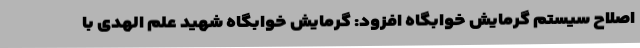
اصلاح سیستم گرمایش خوابگاه افزود: گرمایش خوابگاه شهید علم الهدی با